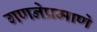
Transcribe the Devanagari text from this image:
गणनेप्रमाणे